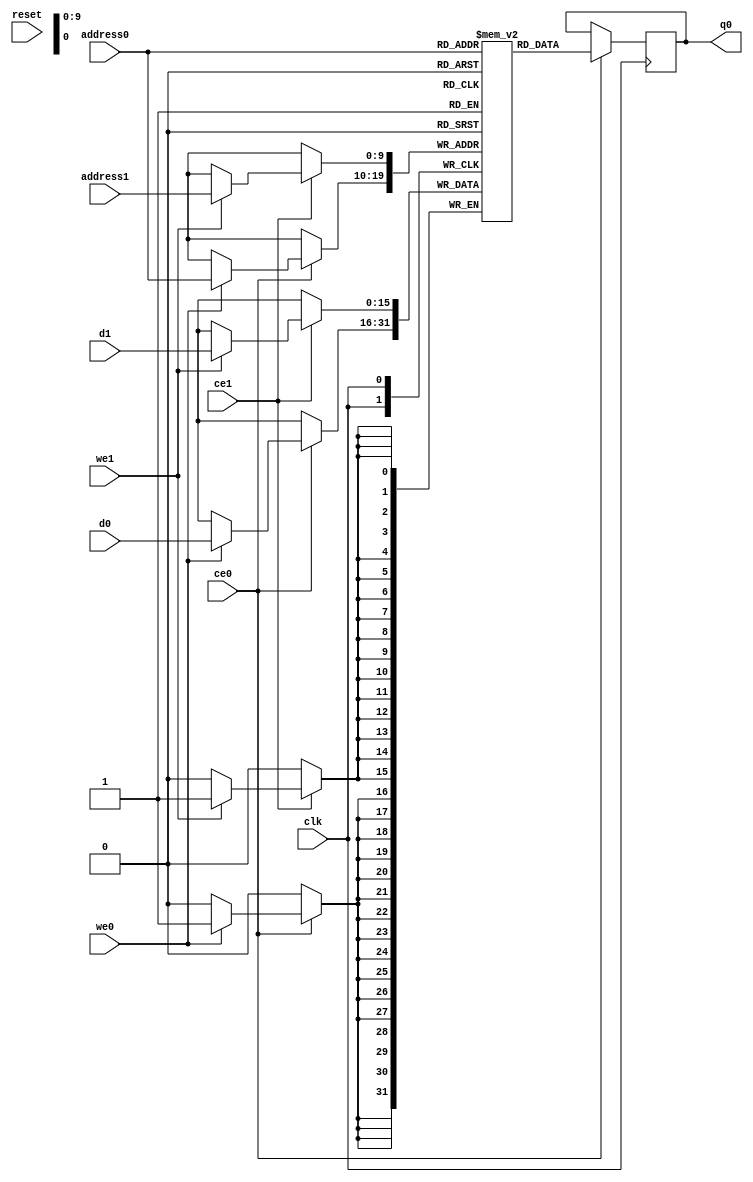
// ==============================================================
// Generated by Vitis HLS v2023.1
// Copyright 1986-2022 Xilinx, Inc. All Rights Reserved.
// Copyright 2022-2023 Advanced Micro Devices, Inc. All Rights Reserved.
// ==============================================================
`timescale 1 ns / 1 ps
module top_tx_adding_pilot_data_symb1_M_real_RAM_AUTO_1R1W (
     
    address0, ce0,
    d0, we0, 
    q0, 
      
    address1, ce1,
    d1, we1, 
    
     
    reset, clk);

parameter DataWidth = 16;
parameter AddressWidth = 10;
parameter AddressRange = 1024;
 
input[AddressWidth-1:0] address0;
input ce0;
input[DataWidth-1:0] d0;
input we0; 
output reg[DataWidth-1:0] q0; 
 
input[AddressWidth-1:0] address1;
input ce1;
input[DataWidth-1:0] d1;
input we1; 


input reset;
input clk;

(* ram_style = "auto"  *)reg [DataWidth-1:0] ram[0:AddressRange-1];


 





//read first
always @(posedge clk)  
begin 
    if (ce0) begin
        if (we0) 
            ram[address0] <= d0; 
        q0 <= ram[address0];

    end
end 
 
  

always @(posedge clk)  
begin 
    if (ce1) begin
        if (we1) 
            ram[address1] <= d1; 
    end
end 



 
 

endmodule